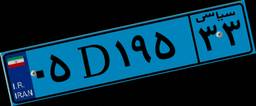
۲۶D۰۰۴۱۸